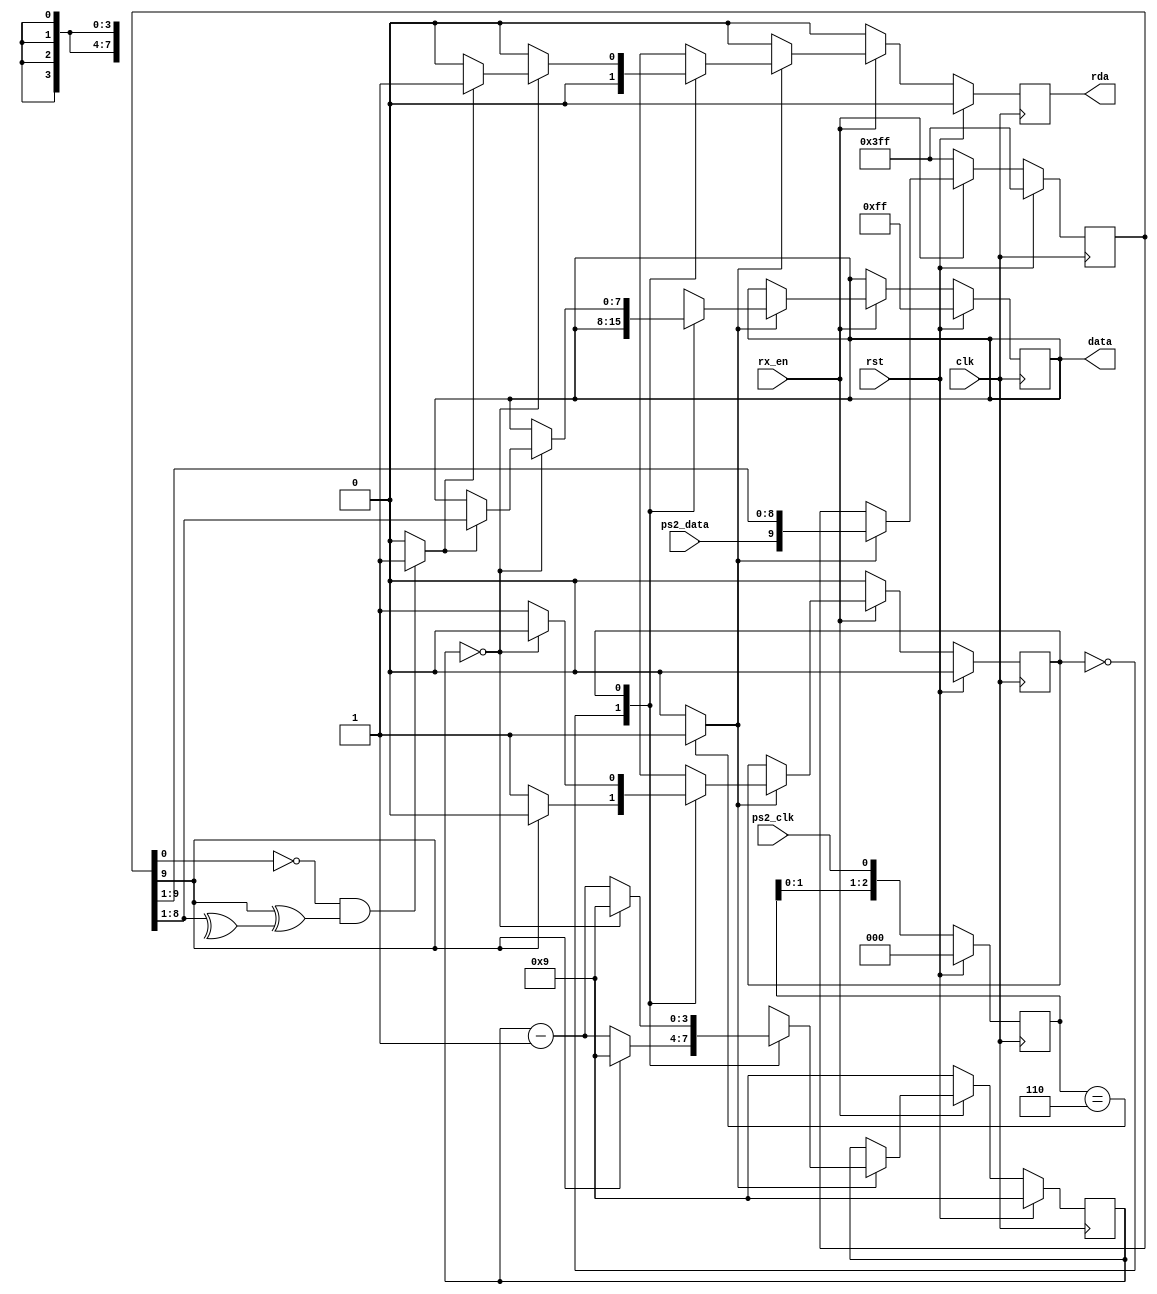
module ps2_rx(
	input clk, rst,				// System clock and reset
	input ps2_data, ps2_clk,	// PS/2 lines. Read data on falling edge
	input rx_en,				// Enables PS/2 receiving
	output reg rda,					// Signals data was received (1-clk tick)
	output reg [7:0] data		// The data that was read. Stable until new data
								//		is read in, which replaces the old
	);

	localparam IDLE = 1'b0;		// Wait for a start bit (0)
	localparam READ = 1'b1;		// Read 8 data, parity, and stop bits

	reg [7:0] next_data;
	reg [9:0] shiftreg, next_shiftreg;	// Shift in ps2_data
	reg [3:0] cnt, next_cnt;	// Counts the bits we've read
	reg state, next_state;		// FSM States
	reg [2:0] clk_buf;	// Shifts in the ps2 clk for synch'd edge detection
	reg next_rda;
	wire fall_edge;				// 1-clk tick at falling edge of ps2_clk 
	wire parity;				// Checks parity
	wire valid;					// Checks if data in shiftreg is valid

	// Shift in new data at the falling edge of the KEYBOARD CLK
	always @(posedge clk) begin
		if (rst) begin
			data <= 8'hFF;
			shiftreg <= 10'hFFF;
			rda <= 1'b0;
			cnt <= 4'd9;
			state <= IDLE;
			clk_buf <= 3'b000;
		end else begin
			data <= next_data;
			shiftreg <= next_shiftreg;
			rda <= next_rda;
			cnt <= next_cnt;
			state <= next_state;
			clk_buf <= {clk_buf[1:0], ps2_clk};
		end
	end

	// Finite State Machine
	always @(*) begin
		// Defaults
		next_rda = 0;	// Default to not ready
		next_data = data;
		next_shiftreg = shiftreg;
		next_cnt = cnt;
		next_state = state;

		if (rx_en) begin
			// Receiver is enabled

			// Only do things on the falling edge
			if (fall_edge) begin
				next_shiftreg = {ps2_data, shiftreg[9:1]};
				case (state)
					IDLE:begin
						if (shiftreg[9] == 1'b0) begin
							next_state = READ;
							next_cnt = cnt - 1;
						end else begin
							next_state = IDLE;
							next_cnt = 4'd9;
						end
					end // IDLE

					READ:begin
						next_state = READ;
						next_cnt = cnt - 1;
						if (cnt == 0) begin
							next_state = IDLE;
							next_cnt = 4'd9;
							if (valid) begin
								next_rda = 1'b1;
								next_data = shiftreg[8:1];
							end
						end
					end // READ
				endcase
			end // (fall_edge)
		end else begin
			// Receiver disabled. Return to initial state
			next_data = data;
			next_shiftreg = 10'hFFF;
			next_cnt = 4'd9;
			next_state = IDLE;
		end // (~rx_en)
	end

	// Parsing logic to detect if data is valid
	assign parity = (^shiftreg[8:1]);
	assign valid = ( (shiftreg[0] == 1'b0) && (shiftreg[9] ^ parity) ) ? 1'b1 : 1'b0;

	// Falling edge detection
	assign fall_edge = (clk_buf == 3'b110) ? 1'b1 : 1'b0;
endmodule